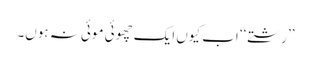
’’رشتے‘‘ اب کیوں ایک چھوئی موئی نہ ہوں۔